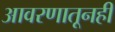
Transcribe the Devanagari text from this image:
आवरणातूनही